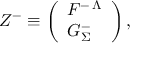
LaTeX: { \cal Z } ^ { - } \equiv \left( \begin{array} { l } { { { \cal F } ^ { - \, \Lambda } } } \\ { { { \cal G } _ { \Sigma } ^ { - } } } \end{array} \right) ,